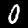
Label: 0